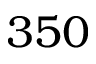
3 5 0